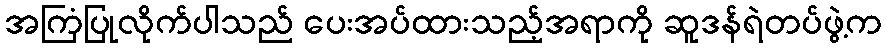
အကြံပြုလိုက်ပါသည် ပေးအပ်ထားသည့်အရာကို ဆူဒန်ရဲတပ်ဖွဲ့က